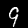
Digit: 9